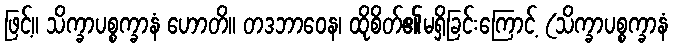
ဖြင့်။ သိက္ခာပစ္စက္ခာနံ ဟောတိ။ တဒဘာဝေန၊ ထိုစိတ်၏မရှိခြင်းကြောင့် (သိက္ခာပစ္စက္ခာနံ